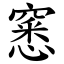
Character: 窸